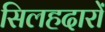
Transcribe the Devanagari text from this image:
सिलहदारों